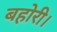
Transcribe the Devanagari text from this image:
बहोरी।